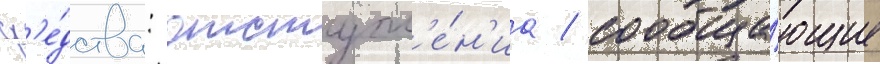
ср'е́дства: отступл'е́н'иа / сообща́ющие